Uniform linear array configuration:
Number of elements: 48
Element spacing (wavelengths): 1
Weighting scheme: blackman
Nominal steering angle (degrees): -15
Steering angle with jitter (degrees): -14.137
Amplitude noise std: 0.05
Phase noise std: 0.05

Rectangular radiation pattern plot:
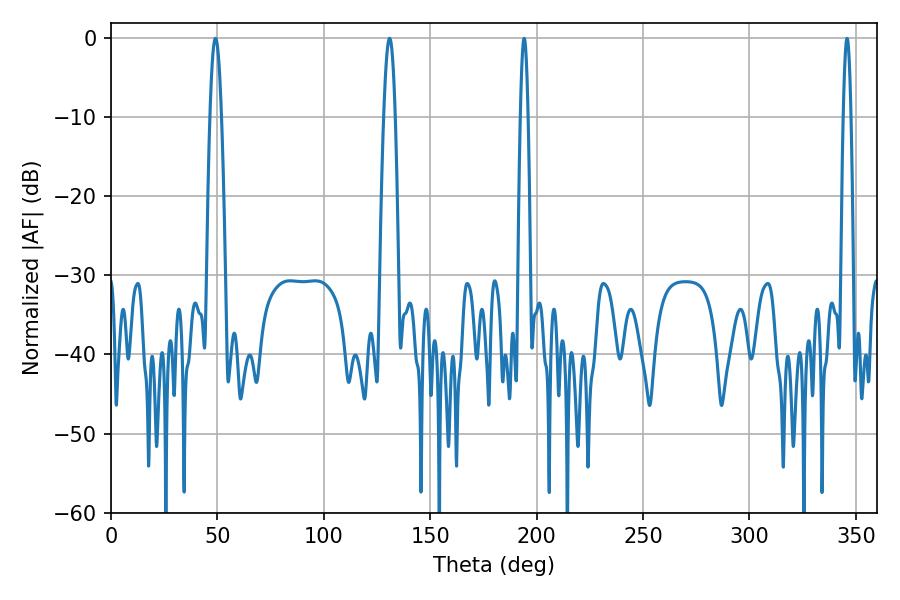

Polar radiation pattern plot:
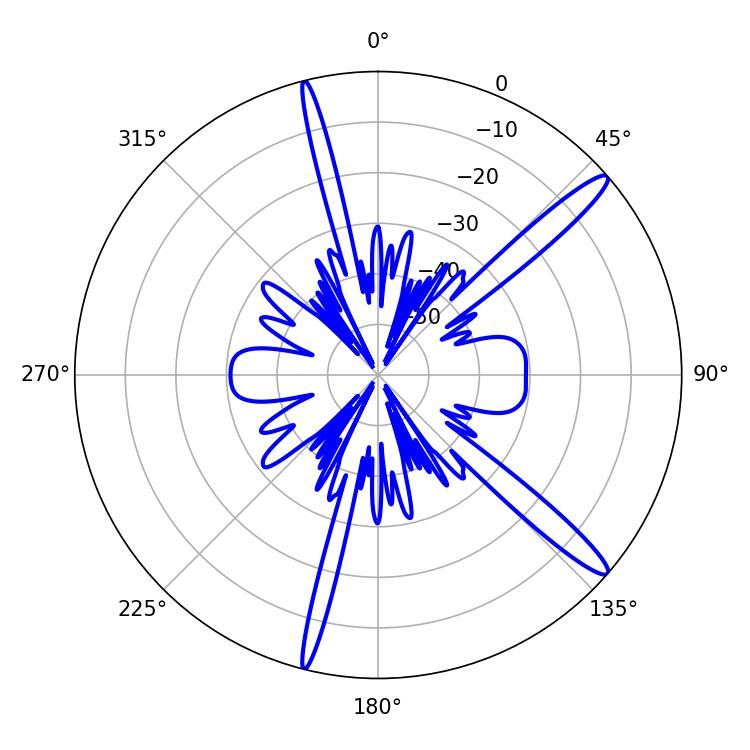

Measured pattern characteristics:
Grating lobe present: TRUE
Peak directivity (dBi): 14.749
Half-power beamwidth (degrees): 2.88
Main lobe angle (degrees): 49.14